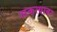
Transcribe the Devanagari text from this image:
अकत्याबर